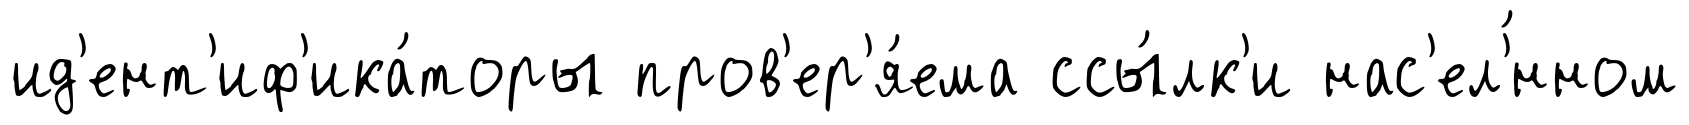
ид'ент'иф'ика́торы пров'ер'я́ема ссы́лк'и нас'ел'́нном